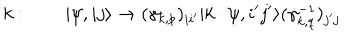
k : \quad \quad \vert \psi , i j \rangle \rightarrow ( \gamma _ { k , p } ) _ { i i ^ { \prime } } \vert k \cdot \psi , i ^ { \prime } j ^ { \prime } \rangle ( \gamma _ { k , q } ^ { - 1 } ) _ { j ^ { \prime } j }